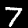
Label: 7